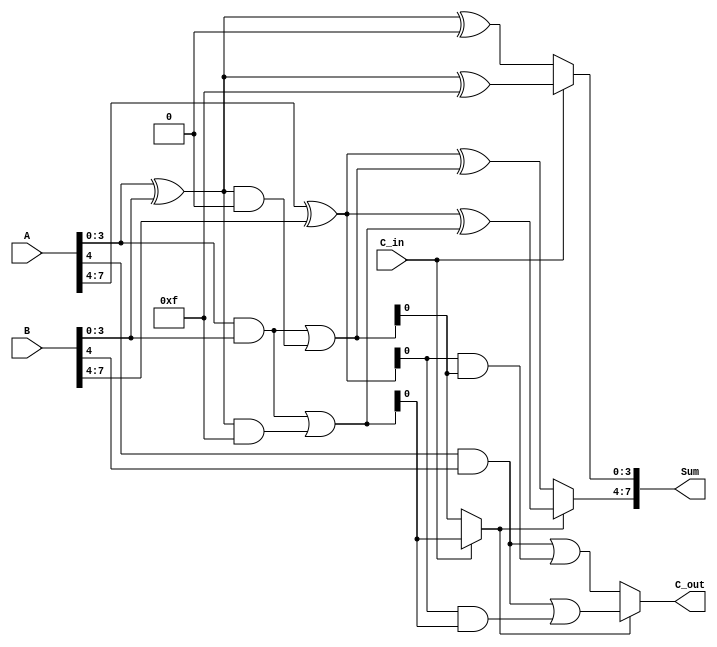
module CarrySelectAdder (
    input [7:0] A,       // 8-bit input A
    input [7:0] B,       // 8-bit input B
    input C_in,          // Carry input
    output [7:0] Sum,    // 8-bit sum output
    output C_out         // Carry output
);

    // Intermediate wires for partial sums and carries
    wire [3:0] S0_case0, S0_case1, C0_case0, C0_case1;
    wire [3:0] S1_case0, S1_case1, C1_case0, C1_case1;

    // First segment (lower 4 bits)
    assign S0_case0 = A[3:0] ^ B[3:0] ^ 4'b0000; // C_in = 0
    assign C0_case0 = (A[3:0] & B[3:0]) | ((A[3:0] ^ B[3:0]) & 4'b0000); // Carry out for C_in = 0

    assign S0_case1 = A[3:0] ^ B[3:0] ^ 4'b1111; // C_in = 1
    assign C0_case1 = (A[3:0] & B[3:0]) | ((A[3:0] ^ B[3:0]) & 4'b1111); // Carry out for C_in = 1

    // Second segment (upper 4 bits)
    assign S1_case0 = A[7:4] ^ B[7:4] ^ C0_case0; // C_in = C0_case0
    assign C1_case0 = (A[7:4] & B[7:4]) | ((A[7:4] ^ B[7:4]) & C0_case0); // Carry out for C_in = C0_case0

    assign S1_case1 = A[7:4] ^ B[7:4] ^ C0_case1; // C_in = C0_case1
    assign C1_case1 = (A[7:4] & B[7:4]) | ((A[7:4] ^ B[7:4]) & C0_case1); // Carry out for C_in = C0_case1

    // MUX selection for the first segment
    wire select = C_in; // Select based on carry input from previous segment

    assign Sum[3:0] = select ? S0_case1 : S0_case0; // Select sum for first segment
    wire C0_out = select ? C0_case1 : C0_case0; // Select carry out for first segment

    // MUX selection for the second segment
    assign Sum[7:4] = C0_out ? S1_case1 : S1_case0; // Select sum for second segment
    assign C_out = C0_out ? C1_case1 : C1_case0; // Select carry out for second segment

endmodule